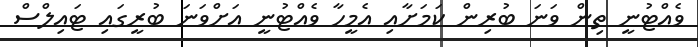
ވެއްޓުނީ ތިން ވަނަ ބުރިން ކަމަށާއި އެމީހާ ވެއްޓުނީ އަށްވަނަ ބުރީގައި ޓައިލްސް